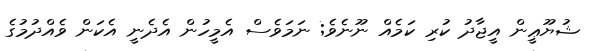
ޝުޔޫޢީން އީޖާދު ކުރި ކަމެއް ނޫނެވެ; ނަމަވެސް އެމީހުން އެދެނީ އެކަން ވެއްދުމުގެ